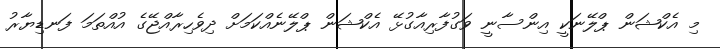
މި އެކްޝަން ޕްލޭނަކީ އިންސާނީ ވަގުފާރިއާގުޅޭ އެކްޝަން ޕްލޭނެއްކަމަށް ދިވެހިރާއްޖޭގެ އުއްތަމަ ފަނޑިޔާރު